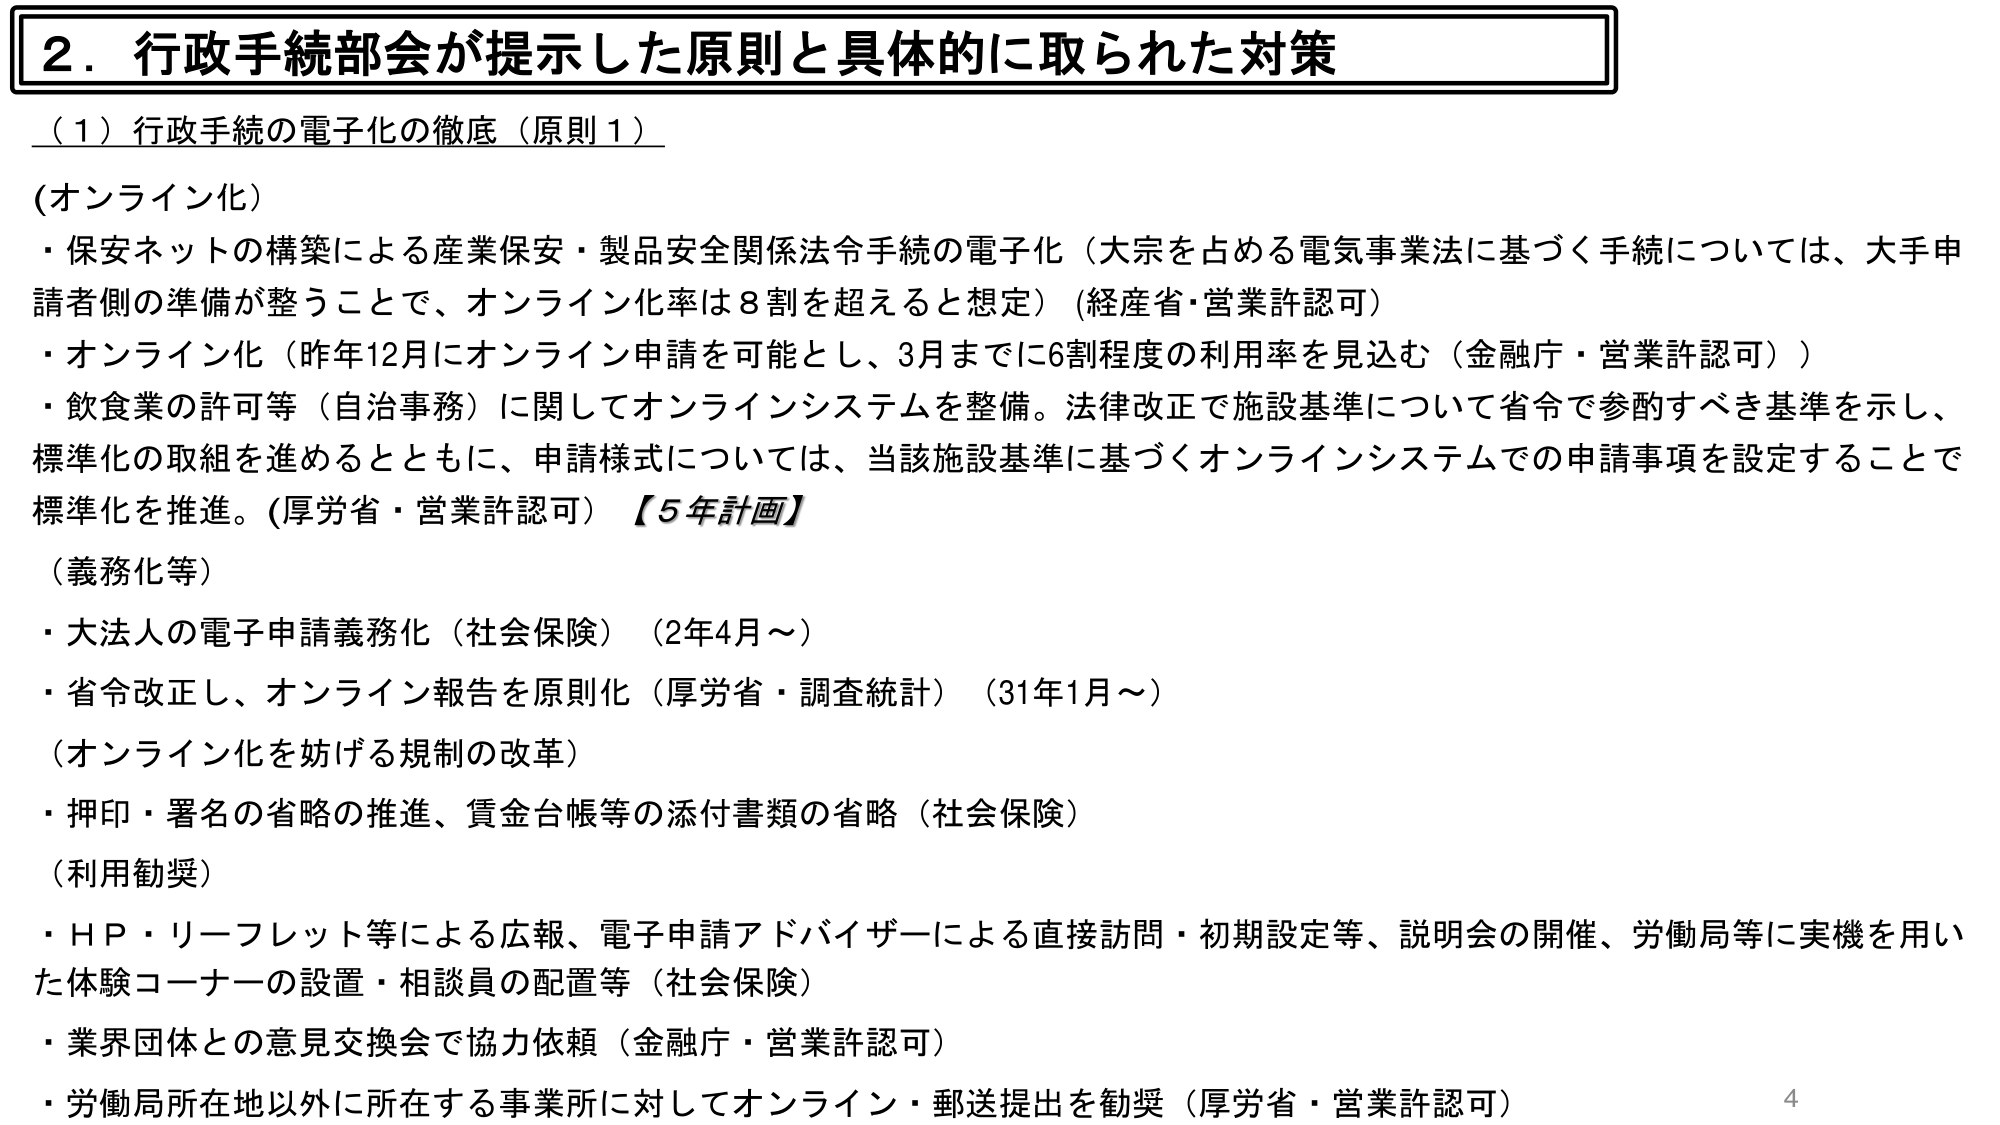
2．行政手続部会が提示した原則と具体的に取られた対策

（1）行政手続の電子化の徹底（原則1）

（オンライン化）
・保安ネットの構築による産業保安・製品安全関係法令手続の電子化（大宗を占める電気事業法に基づく手続については、大手申請者側の準備が整うことで、オンライン化率は8割を超えると想定）（経産省・営業許認可）
・オンライン化（昨年12月にオンライン申請を可能とし、3月までに6割程度の利用率を見込む（金融庁・営業許認可））
・飲食業の許可等（自治事務）に関してオンラインシステムを整備。法律改正で施設基準について省令で参酌すべき基準を示し、標準化の取組を進めるとともに、申請様式については、当該施設基準に基づくオンラインシステムでの申請事項を設定することで標準化を推進。（厚労省・営業許認可）【5年計画】

（義務化等）
・大法人の電子申請義務化（社会保険）（2年4月～）
・省令改正し、オンライン報告を原則化（厚労省・調査統計）（31年1月～）

（オンライン化を妨げる規制の改革）
・押印・署名の省略の推進、賃金台帳等の添付書類の省略（社会保険）

（利用勧奨）
・ＨＰ・リーフレット等による広報、電子申請アドバイザーによる直接訪問・初期設定等、説明会の開催、労働局等に実機を用いた体験コーナーの設置・相談員の配置等（社会保険）
・業界団体との意見交換会で協力依頼（金融庁・営業許認可）
・労働局所在地以外に所在する事業所に対してオンライン・郵送提出を勧奨（厚労省・営業許認可）

4